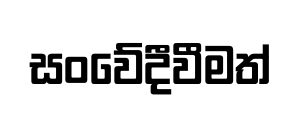
සංවේදීවීමත්